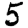
Digit: 5